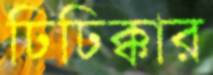
ঢিঢিক্কার